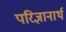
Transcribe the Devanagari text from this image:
परिज्ञानार्थ